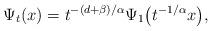
LaTeX: \begin{align*}\Psi_t(x) = t^{-(d+\beta)/\alpha}\Psi_1\big(t^{-1/\alpha}x\big), \end{align*}